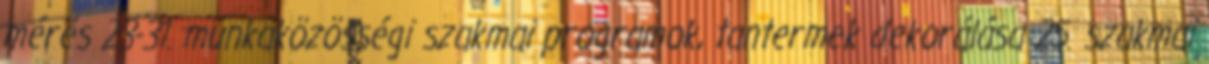
mérés 23-31. munkaközösségi szakmai programok, tantermek dekorálása 25. szakmai